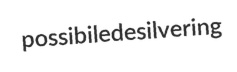
possibile desilvering